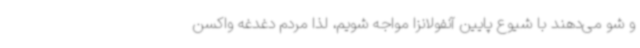
و شو می‌دهند با شیوع پایین آنفولانزا مواجه شویم، لذا مردم دغدغه واکسن